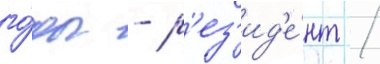
го́ды - р'ез'ид'е́нт /